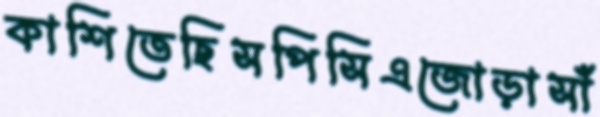
কাশিতেছিসপিসিএজোড়াসাঁ